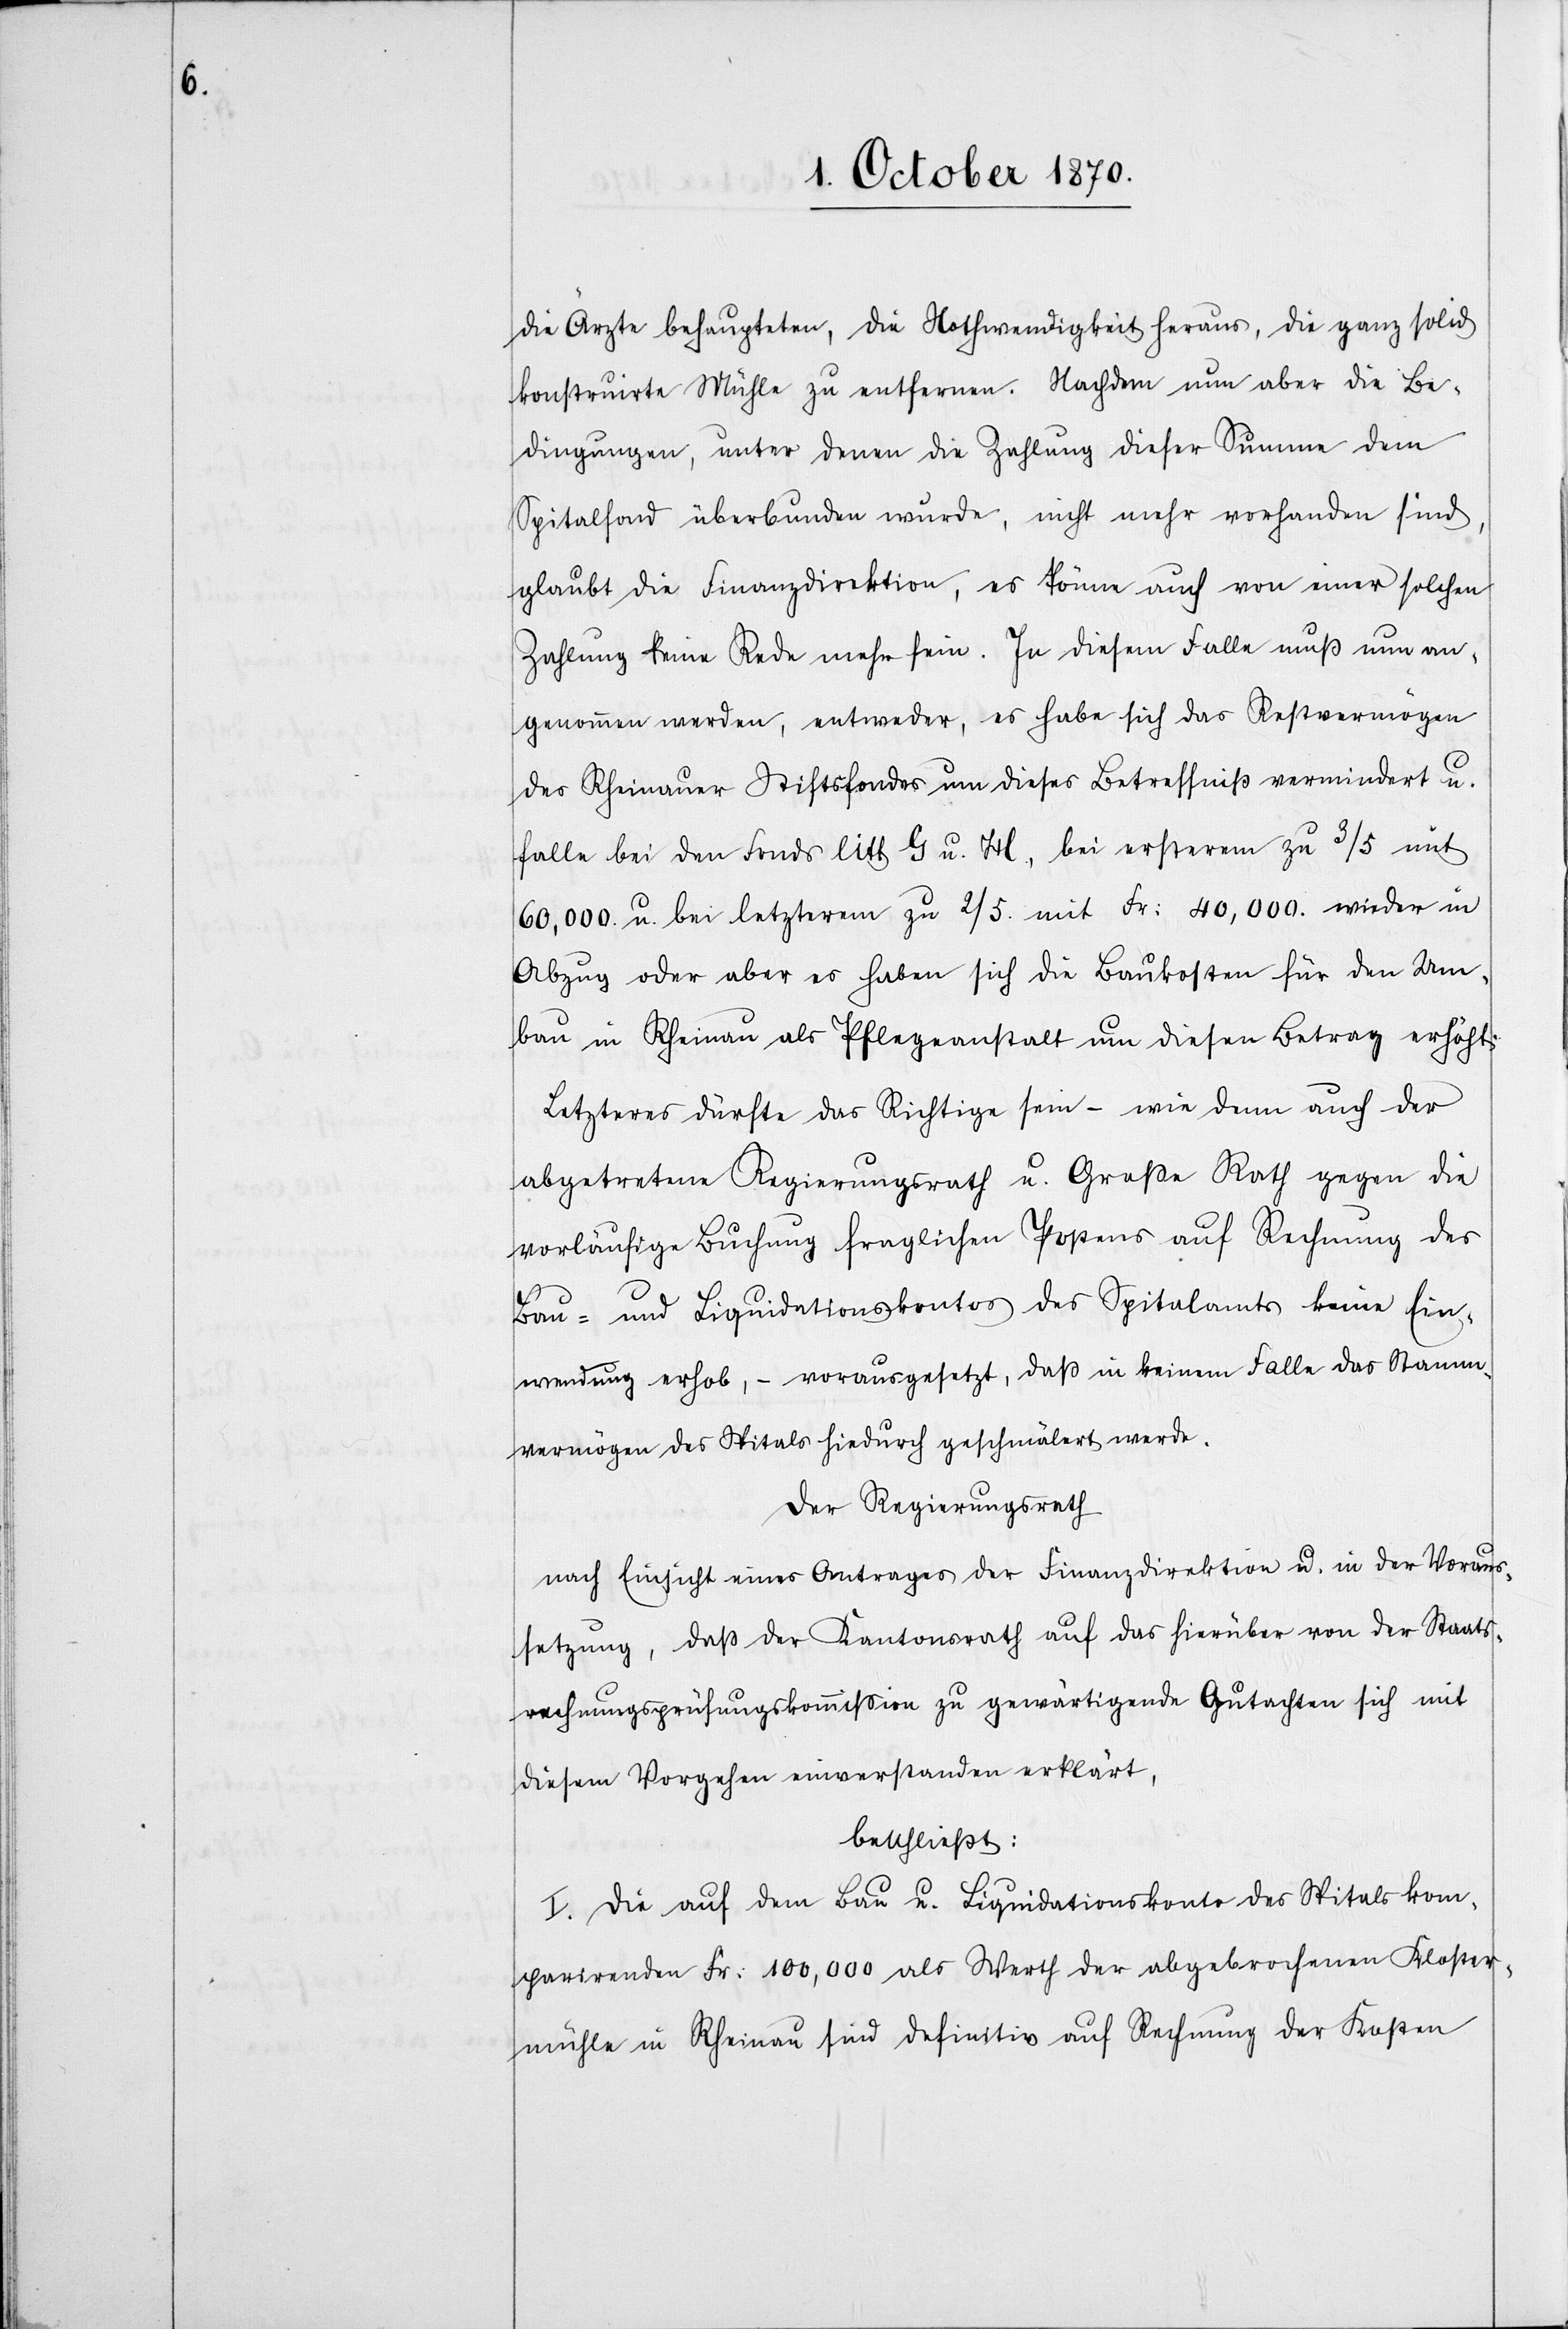
die Ärzte behaupteten, die Nothwendigkeit heraus, die ganz solid
konstruirte Mühle zu entfernen. Nachdem nun aber die Be¬
dingungen, unter denen die Zahlung dieser Summe dem
Spitalfond überbunden wurde, nicht mehr vorhanden sind,
glaubt die Finanzdirektion, es könne auch von einer solchen
Zahlung keine Rede mehr sein. In diesem Falle muß nun an¬
genommen werden, entweder, es habe sich das Restvermögen
des Rheinauer Stiftsfondes um dieses Betreffniß vermindert u.
falle bei den Fonds litt. G. u. H., bei ersterem zu 3/5 mit
60,000 u. bei letzterem zu 2/5 mit Fr: 40,000 wieder in
Abzug oder aber es haben sich die Baukosten für den Um¬
bau in Rheinau als Pflegeanstalt um diesen Betrag erhöht.
Letzterer dürfte der Richtige sein – wie in denn auch der
abgetretene Regierungsrath u. Große Rath gegen die
vorläufige Buchung fraglicher Postens auf Rechnung der
Bau- und Liquidationskontos des Spitalamts keine Ein¬
wendung erhob, – vorausgesetzt, daß in keinem Falle das Stamm¬
vermögen des Spitals hiedurch geschmälert werde.
Der Regierungsrath
nach Einsicht eines Antrages der Finanzdirektion u. in der Voraus¬
setzug, daß der Kantonsrath auf das hierüber von der Staats¬
rechnungsprüfungskommißion zu gewärtigende Gutachten sich mit
diesem Vorgehen einverstanden erklärt,
beschließt:
I. Die auf dem Bau u. Liquidationskonto des Spitals kom¬
parirenden Fr: 100,000 als Werth der abgebrochenen Kloster¬
mühle in Rheinau sind definitiv auf Rechnung der Kosten